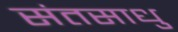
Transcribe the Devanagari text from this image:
संतसाधु